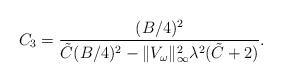
LaTeX: \begin{align*} C_3 = \frac{(B/4)^2}{\tilde C (B/4)^2 - \lVert V_\omega \rVert_\infty^2 \lambda^2 (\tilde C + 2)}.\end{align*}